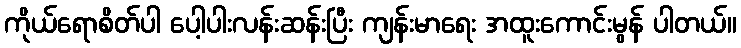
ကိုယ်ရောစိတ်ပါ ပေါ့ပါးလန်းဆန်းပြီး ကျန်းမာရေး အထူးကောင်းမွန် ပါတယ်။